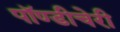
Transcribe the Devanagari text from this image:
पॉण्डीचेरी